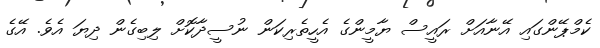
ކެމްޕޭންގައި އޭނާއަށް ރައީސް ޔާމީންގެ އެހީތެރިކަން ނުސީދާކޮށް ލިބިގެން ދިޔަ އެވެ. އޭގެ